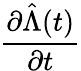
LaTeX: \frac{\partial\hat{\Lambda}(t)}{\partial t}